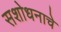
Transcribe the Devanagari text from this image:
सशोधनाचे